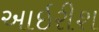
આઇરીશ